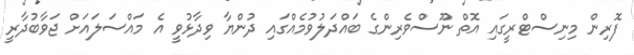
ފޮރިން މިނިސްޓްރީގައި އޮތް ނޫސްވެރިންގެ ބައްދަލުވުމެއްގައި ދުންޔާ ވިދާޅުވީ އެ މައްސަލައަށް ޖަވާބުދާރީ